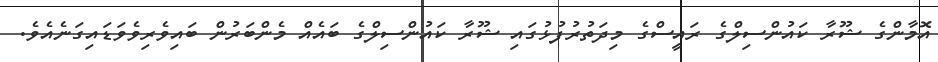
އޮމާންގެ ޝޫރާ ކައުންސިލްގެ ރައީސްގެ މިދަތުރުފުޅުގައި ޝޫރާ ކައުންސިލްގެ ބައެއް މެންބަރުން ބައިވެރިވެވަޑައިގަނެއެވެ.